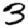
Digit: 3